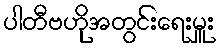
ပါတီဗဟိုအတွင်းရေးမှူး